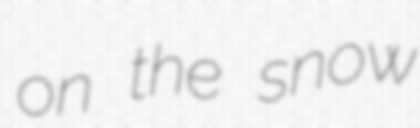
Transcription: on the snow